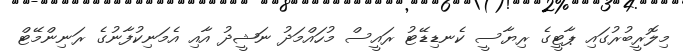
މިލޮރީބުރުގައި ޕާޓީގެ ރިޔާސީ ކެނޑިޑޭޓު ރައީސް މުހައްމަދު ނަޝީދު އާއި އެމަނިކުފާނުގެ ރަނިންމޭޓް